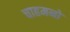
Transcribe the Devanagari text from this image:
चाहमनों